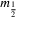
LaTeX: m _ { \frac { 1 } { 2 } }